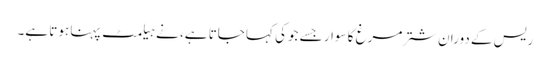
ریس کے دوران شترمرغ کا سوار جسے جوکی کہا جاتا ہے، نے ہیلمٹ پہنا ہوتا ہے۔